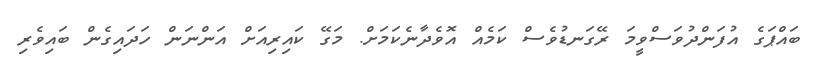
ބައްޕަގެ އުފަންދުވަސްވީމަ ރޭގަނޑުވެސް ކަމެއް އޮވެދާނެކަމަށް. މަގޭ ކައިރިއަށް އަންނަން ހަދައިގެން ބައިވެރި